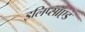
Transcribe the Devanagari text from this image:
इलिप्सॉएड